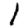
Digit: 1